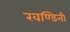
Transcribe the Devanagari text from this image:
खण्डिनी